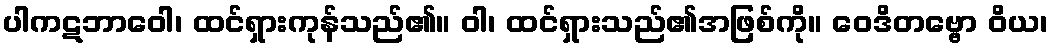
ပါကဋဘာဝေါ၊ ထင်ရှားကုန်သည်၏။ ဝါ၊ ထင်ရှားသည်၏အဖြစ်ကို။ ဝေဒိတဗ္ဗော ဝိယ၊